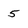
Character: 5